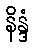
နိန္ဒံ